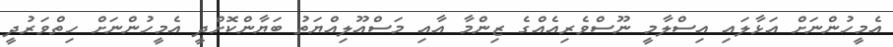
އެމީހުންނަށް އަޅާލައި އިސްލާމީ ނޫސްވެރިއެއްގެ ޒިންމާ އާއި މަސްއޫލިއްޔަތު ބަޔާންކޮށްދީ އެމީހުންނަށް ހިތްވަރުދީ